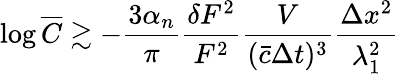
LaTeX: \log\overline{{C}}\gtrsim-\frac{3\alpha_{n}}{\pi}\frac{\delta F^{2}}{F^{2}}\frac{V}{(\bar{c}\Delta t)^{3}}\frac{\Delta x^{2}}{\lambda_{1}^{2}}